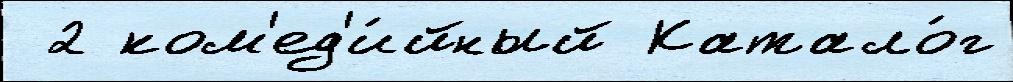
 2 ком'ед'и́йный Катало́г